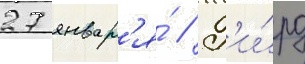
27 январ'я́ // Г'и́рд